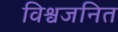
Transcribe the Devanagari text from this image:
विश्वजनित